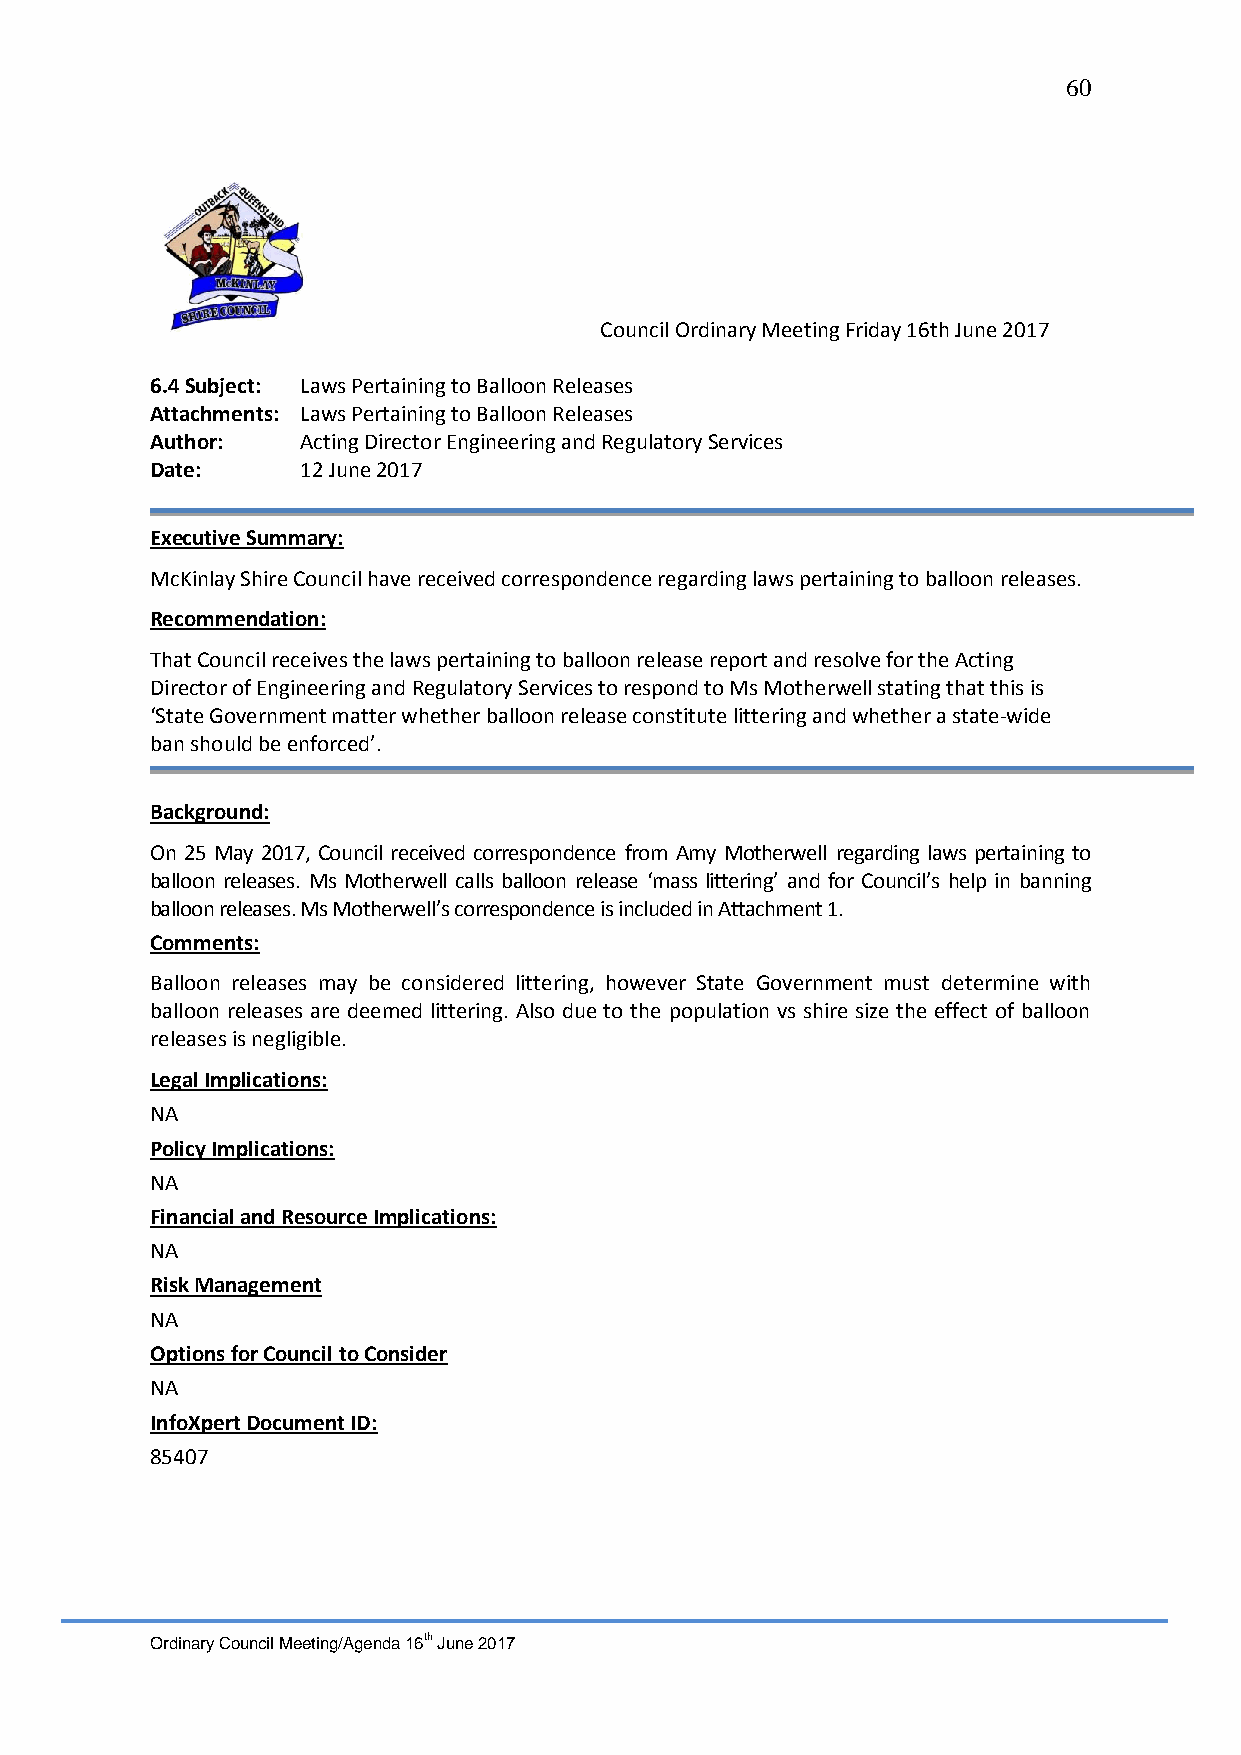
60
 Council Ordinary Meeting Friday 16th June 2017
 6.4 Subject: Laws Pertaining to Balloon Releases
 Attachments: Laws Pertaining to Balloon Releases
 Author:   Acting Director Engineering and Regulatory Services
 Date:     12 June 2017
 Executive Summary:
 McKinlay Shire Council have received correspondence regarding laws pertaining to balloon releases.
 Recommendation:
 That Council receives the laws pertaining to balloon release report and resolve for the Acting
 Director of Engineering and Regulatory Services to respond to Ms Motherwell stating that this is
 ‘State Government matter whether balloon release constitute littering and whether a state-wide
 ban should be enforced’.
 Background:
 On 25 May 2017, Council received correspondence from Amy Motherwell regarding laws pertaining to
 balloon releases. Ms Motherwell calls balloon release ‘mass littering’ and for Council’s help in banning
 balloon releases. Ms Motherwell’s correspondence is included in Attachment 1.
 Comments:
 Balloon releases may be considered littering, however State Government must determine with
 balloon releases are deemed littering. Also due to the population vs shire size the effect of balloon
 releases is negligible.
 Legal Implications:
 NA
 Policy Implications:
 NA
 Financial and Resource Implications:
 NA
 Risk Management
 NA
 Options for Council to Consider
 NA
 InfoXpert Document ID:
 85407
 Ordinary Council Meeting/Agenda 16th June 2017